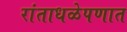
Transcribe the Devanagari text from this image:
रांताधळेपणात